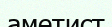
аметист